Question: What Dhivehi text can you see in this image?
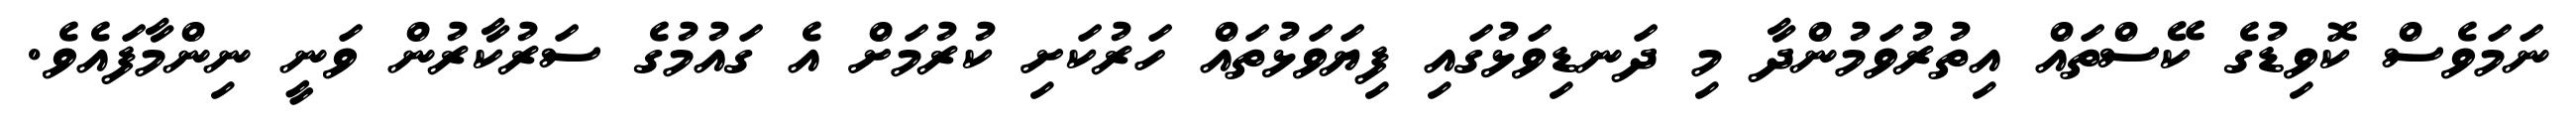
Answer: ނަމަވެސް ކޮވިޑުގެ ކޭސްތައް އިތުރުވަމުންދާ މި ދަނޑިވަޅުގައި ފިޔަވަޅުތައް ހަރުކަށި ކުރުމަށް އެ ގައުމުގެ ސަރުކާރުން ވަނީ ނިންމާފައެވެ.